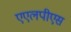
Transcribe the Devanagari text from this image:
एएलपीएस